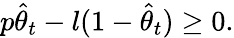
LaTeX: p\widehat{\theta}_{t}-l(1-\widehat{\theta}_{t})\geq 0.